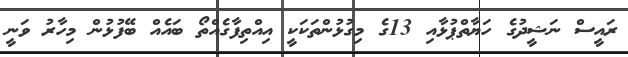
ރައީސް ނަޝީދުގެ ހަޔާތްޕުޅާއި 13ގެ މިގުޅުންތަކަކީ އިއްތިފާގެއްތޯ ބައެއް ބޭފުޅުން މިހާރު ވަނީ